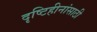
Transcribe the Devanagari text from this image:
दृष्टिहीनांसाठी